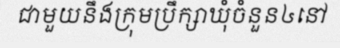
ជាមួយនឹងក្រុមប្រឹក្សាឃុំចំនួន៤នៅ